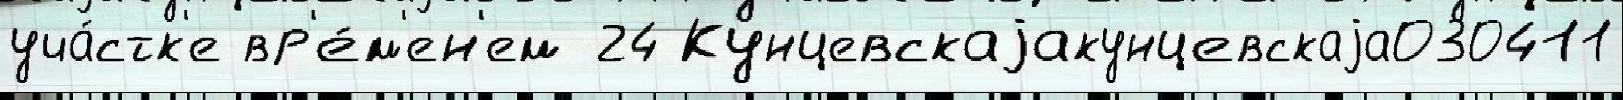
уча́стк'е вр'е́м'ен'ем 24 Кунцевскаjакунцевскаjа030411